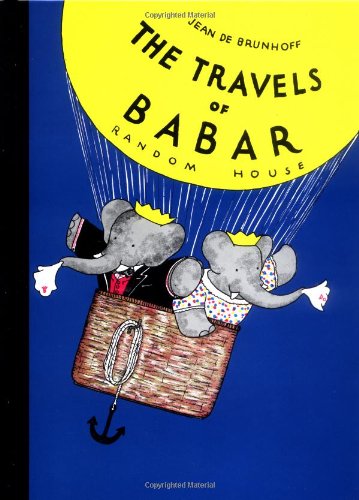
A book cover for The Travels of Babar; Jean De Brunhoff; Children's Books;